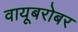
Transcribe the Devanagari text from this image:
वायूबरोबर